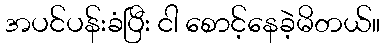
အပင်ပန်းခံပြီး ငါ စောင့်နေခဲ့မိတယ်။